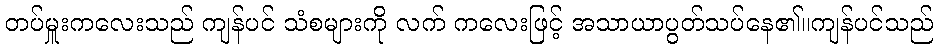
တပ်မှူးကလေးသည် ကျန်ပင် သံစများကို လက် ကလေးဖြင့် အသာယာပွတ်သပ်နေ၏။ကျန်ပင်သည်